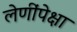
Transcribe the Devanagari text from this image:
लेणींपेक्षा